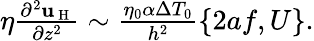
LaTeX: \begin{array}{r}{\eta\frac{\partial^{2}\mathbf{u}_{\mathrm{~H~}}}{\partial z^{2}}\sim\frac{\eta_{0}\alpha\Delta T_{0}}{h^{2}}\{ 2af,U\} .}\end{array}